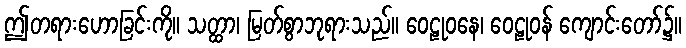
ဤတရားဟောခြင်းကို။ သတ္ထာ၊ မြတ်စွာဘုရားသည်။ ဝေဠုဝနေ၊ ဝေဠုဝန် ကျောင်းတော်၌။